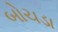
બોચડા